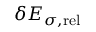
\delta { \cal E } _ { \sigma , \mathrm { r e l } }